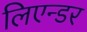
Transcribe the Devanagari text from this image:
लिएन्डर